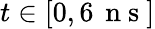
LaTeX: t\in[0,6\, \mathrm{~n~s~}]